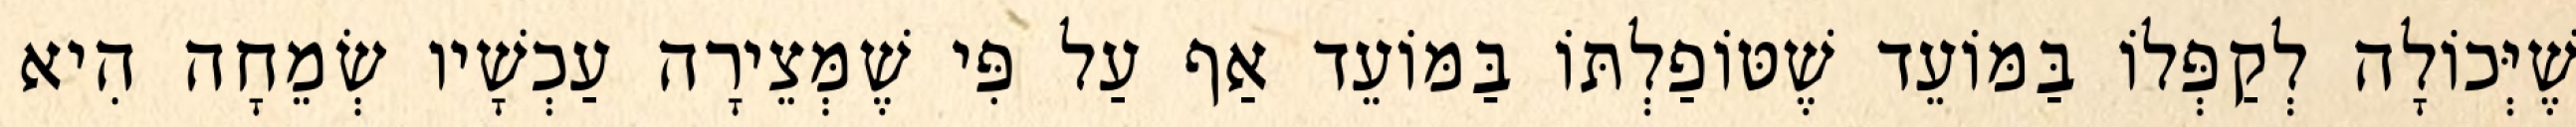
שֶׁיְּכוֹלָה לְקַפְּלוֹ בַּמּוֹעֵד שֶׁטּוֹפַלְתּוֹ בַּמּוֹעֵד אַף עַל פִּי שֶׁמְּצֵירָה עַכְשָׁיו שְׂמֵחָה הִיא